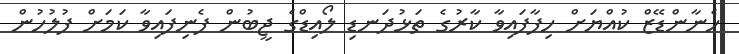
ހެނާންޑޭޒް ކުއްޔަށް ހިފާފައިވާ ކާރުގެ ތަޅުދަނޑި ލޯއިޑްގެ ޖީބުން ފެނިފައިވާ ކަމަށް ފުލުހުން